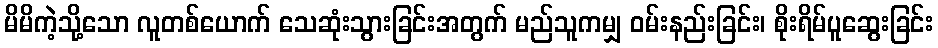
မိမိကဲ့သို့သော လူတစ်ယောက် သေဆုံးသွားခြင်းအတွက် မည်သူကမျှ ဝမ်းနည်းခြင်း၊ စိုးရိမ်ပူဆွေးခြင်း